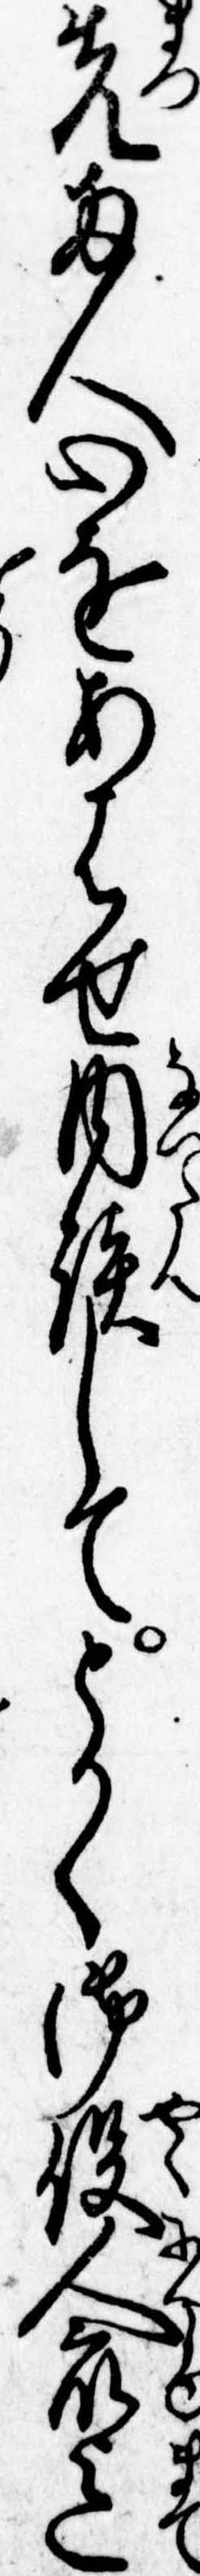
先両人心をあはせ内談してとかく御役人衆迄